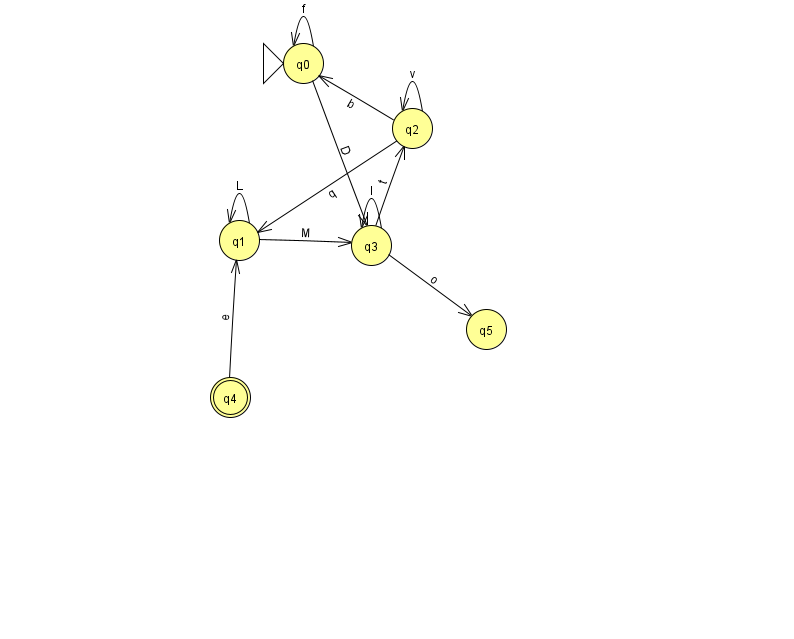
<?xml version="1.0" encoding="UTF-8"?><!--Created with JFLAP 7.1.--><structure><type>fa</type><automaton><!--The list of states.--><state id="0" name="q0"><x>303.0</x><y>50.0</y><initial/></state><state id="1" name="q1"><x>239.0</x><y>227.0</y></state><state id="2" name="q2"><x>412.0</x><y>115.0</y></state><state id="3" name="q3"><x>371.0</x><y>232.0</y></state><state id="4" name="q4"><x>230.0</x><y>384.0</y><final/></state><state id="5" name="q5"><x>486.0</x><y>316.0</y></state><!--The list of transitions.--><transition><from>4</from><to>1</to><read>e</read></transition><transition><from>3</from><to>2</to><read>t</read></transition><transition><from>2</from><to>1</to><read>q</read></transition><transition><from>0</from><to>0</to><read>f</read></transition><transition><from>2</from><to>2</to><read>v</read></transition><transition><from>3</from><to>3</to><read>I</read></transition><transition><from>2</from><to>0</to><read>b</read></transition><transition><from>0</from><to>3</to><read>D</read></transition><transition><from>1</from><to>1</to><read>L</read></transition><transition><from>3</from><to>5</to><read>o</read></transition><transition><from>1</from><to>3</to><read>M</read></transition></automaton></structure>